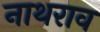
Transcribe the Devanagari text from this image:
नाथराव